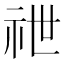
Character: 䄁